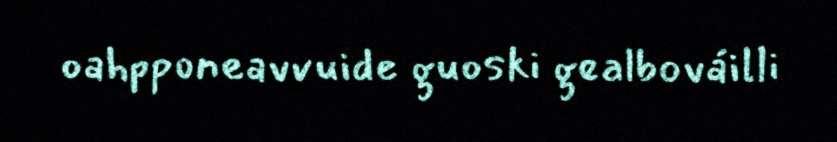
oahpponeavvuide guoski gealbováilli